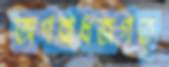
অপরাধজগত্